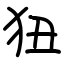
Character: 狃